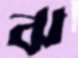
ঝ